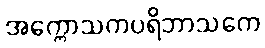
အက္ကောသကပရိဘာသကေ